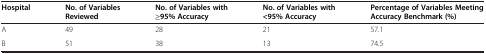
| Hospital | No. of Variables Reviewed | No. of Variables with ≥95% Accuracy | No. of Variables with <95% Accuracy | Percentage of Variables Meeting Accuracy Benchmark (%) |
 | --- | --- | --- | --- | --- |
 | A | 49 | 28 | 21 | 57.1 |
 | B | 51 | 38 | 13 | 74.5 |